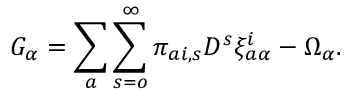
G _ { \alpha } = \sum _ { a } \sum _ { s = o } ^ { \infty } \pi _ { a i , s } D ^ { s } \xi _ { a \alpha } ^ { i } - \Omega _ { \alpha } .